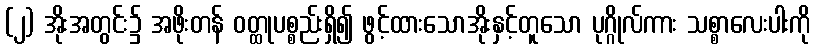
(၂) အိုးအတွင်း၌ အဖိုးတန် ဝတ္ထုပစ္စည်းရှိ၍ ဖွင့်ထားသောအိုးနှင့်တူသော ပုဂ္ဂိုလ်ကား သစ္စာလေးပါးကို